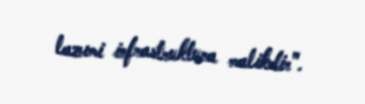
lazımi infrastruktura malikdir".